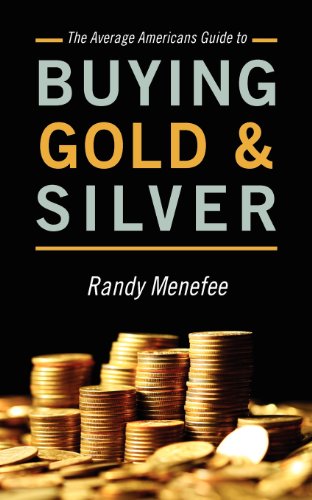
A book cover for The Average Americans Guide to Buying Gold and Silver; Randy Menefee; Reference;